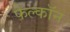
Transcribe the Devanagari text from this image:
फेल्काॅन